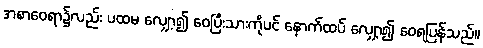
အစာဝေရာ၌လည်း ပထမ လျှော့၍ ဝေပြီးသားကိုပင် နောက်ထပ် လျှော့၍ ဝေရပြန်သည်။